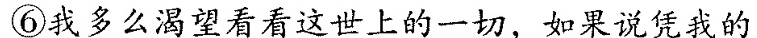
⑥我多么渴望看看这世上的一切，如果说凭我的